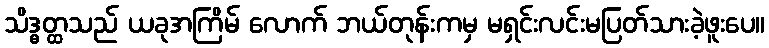
သိဒ္ဓတ္ထသည် ယခုအကြိမ် လောက် ဘယ်တုန်းကမှ မရှင်းလင်းမပြတ်သားခဲ့ဖူးပေ။